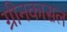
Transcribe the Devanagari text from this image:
ग्रीनकासल